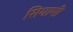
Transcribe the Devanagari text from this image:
सियामी